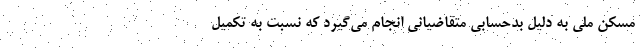
مسکن ملی به دلیل بدحسابی متقاضیانی انجام می‌گیرد که نسبت به تکمیل